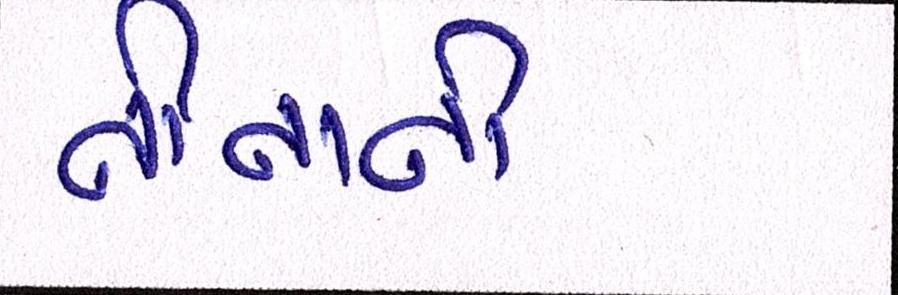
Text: નીનાની